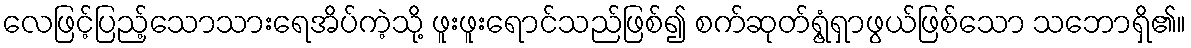
လေဖြင့်ပြည့်သောသားရေအိပ်ကဲ့သို့ ဖူးဖူးရောင်သည်ဖြစ်၍ စက်ဆုတ်ရွံ့ရှာဖွယ်ဖြစ်သော သဘောရှိ၏။